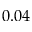
0 . 0 4